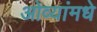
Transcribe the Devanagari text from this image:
ओव्यांमधे